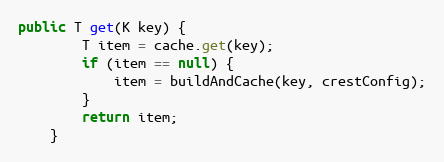
Language: Java
public T get(K key) {
        T item = cache.get(key);
        if (item == null) {
            item = buildAndCache(key, crestConfig);
        }
        return item;
    }